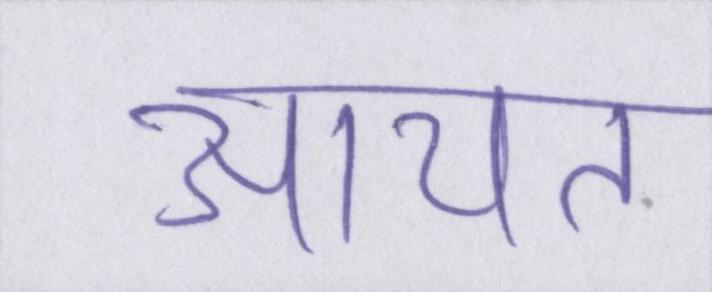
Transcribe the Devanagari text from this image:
आयत